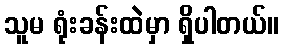
သူမ ရုံးခန်းထဲမှာ ရှိပါတယ်။